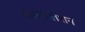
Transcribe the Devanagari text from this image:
कान्स्टलेशन